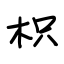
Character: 枳